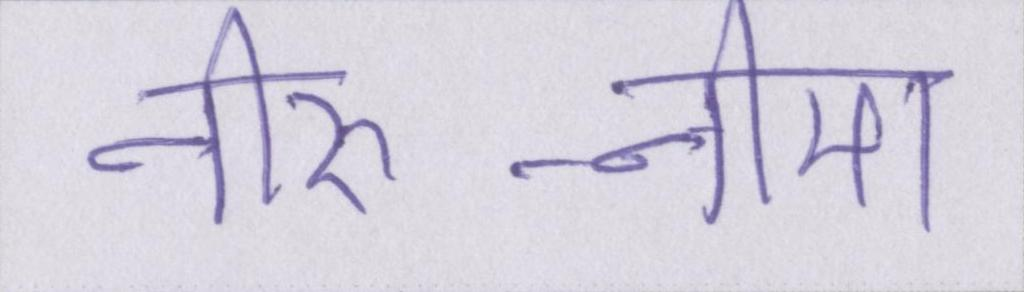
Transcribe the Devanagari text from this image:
नीरु-नीमा